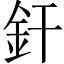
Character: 釬